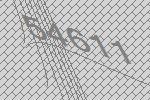
54611